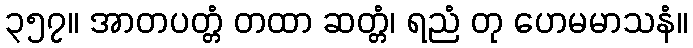
၃၅၇။ အာတပတ္တံ တထာ ဆတ္တံ၊ ရညံ တု ဟေမမာသနံ။